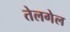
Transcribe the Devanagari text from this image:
तेलगेल